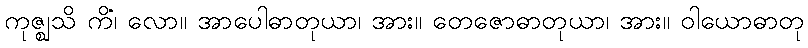
ကုဇ္ဈသိ ကိံ၊ လော။ အာပေါဓာတုယာ၊ အား။ တေဇောဓာတုယာ၊ အား။ ဝါယောဓာတု